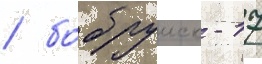
/ бобруиск - 17